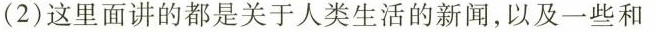
(2)这里面讲的都是关于人类生活的新闻，以及一些和